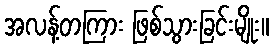
အလန့်တကြား ဖြစ်သွားခြင်းမျိုး။